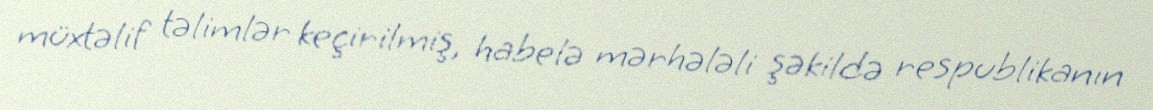
müxtəlif təlimlər keçirilmiş, habelə mərhələli şəkildə respublikanın